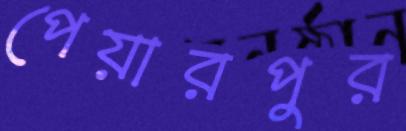
পেয়ারপুর